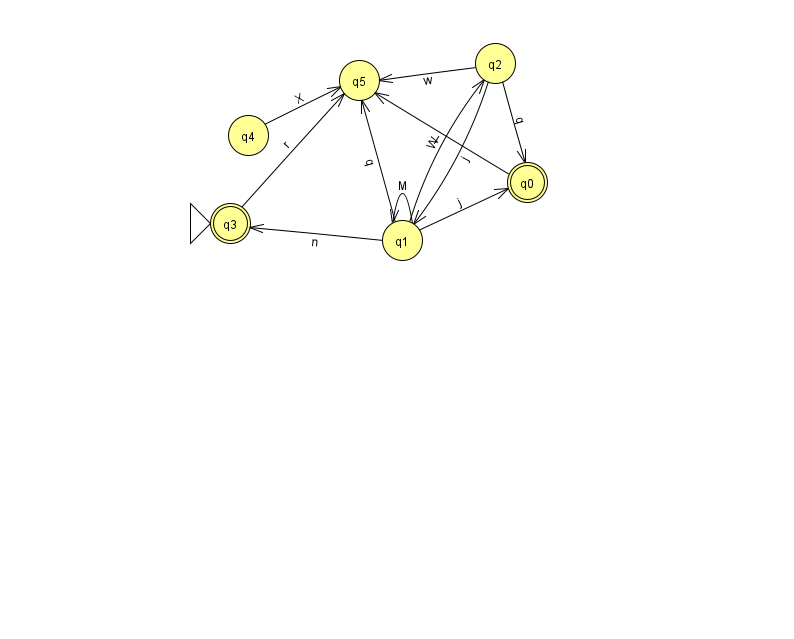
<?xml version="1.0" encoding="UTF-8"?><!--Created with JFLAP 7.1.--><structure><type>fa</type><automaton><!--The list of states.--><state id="0" name="q0"><x>527.0</x><y>169.0</y><final/></state><state id="1" name="q1"><x>402.0</x><y>227.0</y></state><state id="2" name="q2"><x>495.0</x><y>50.0</y></state><state id="3" name="q3"><x>230.0</x><y>210.0</y><initial/><final/></state><state id="4" name="q4"><x>248.0</x><y>122.0</y></state><state id="5" name="q5"><x>359.0</x><y>67.0</y></state><!--The list of transitions.--><transition><from>4</from><to>5</to><read>X</read></transition><transition><from>3</from><to>5</to><read>r</read></transition><transition><from>1</from><to>5</to><read>q</read></transition><transition><from>2</from><to>1</to><read>j</read></transition><transition><from>1</from><to>2</to><read>W</read></transition><transition><from>1</from><to>0</to><read>j</read></transition><transition><from>1</from><to>3</to><read>n</read></transition><transition><from>2</from><to>5</to><read>w</read></transition><transition><from>1</from><to>1</to><read>M</read></transition><transition><from>2</from><to>0</to><read>q</read></transition><transition><from>0</from><to>5</to><read>I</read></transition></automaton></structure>